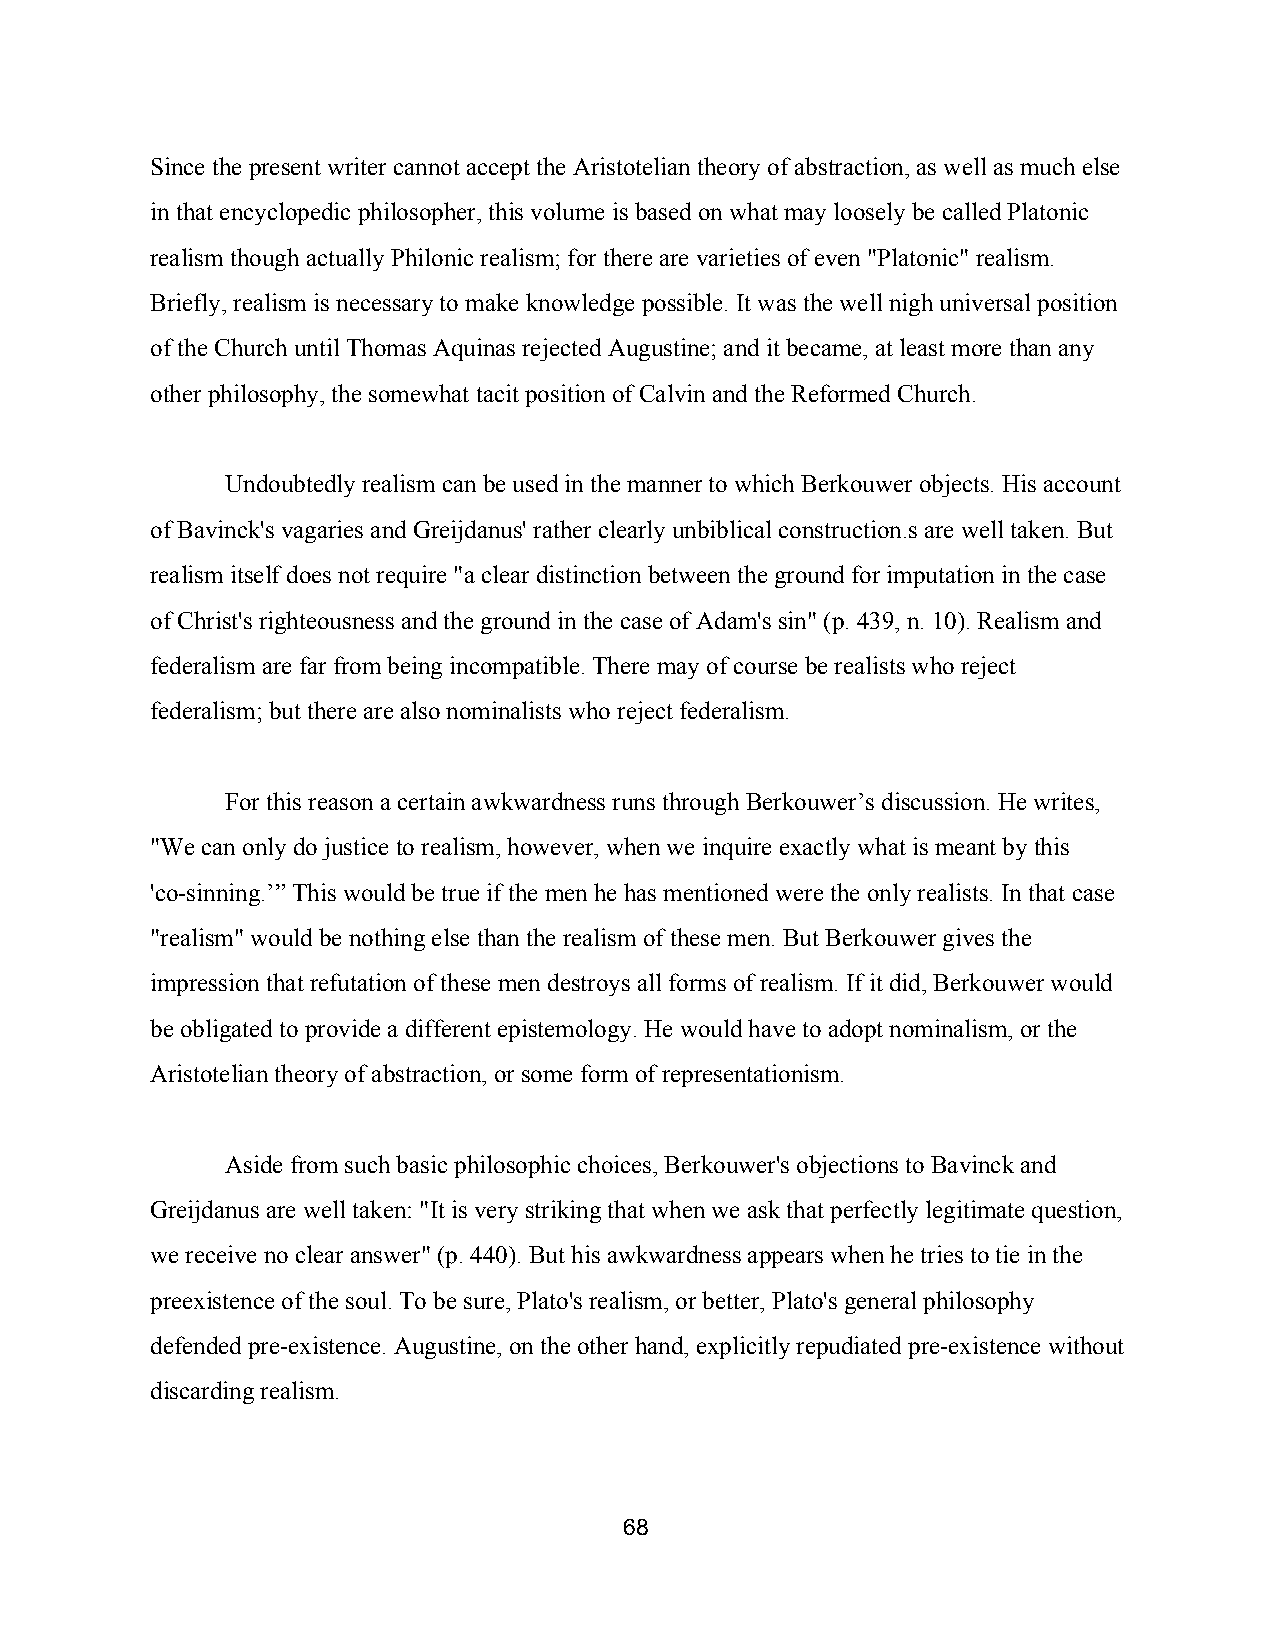
Since the present writer cannot accept the Aristotelian theory of abstraction, as well as much else
 in that encyclopedic philosopher, this volume is based on what may loosely be called Platonic
 realism though actually Philonic realism; for there are varieties of even "Platonic" realism.
 Briefly, realism is necessary to make knowledge possible. It was the well nigh universal position
 of the Church until Thomas Aquinas rejected Augustine; and it became, at least more than any
 other philosophy, the somewhat tacit position of Calvin and the Reformed Church.
 Undoubtedly realism can be used in the manner to which Berkouwer objects. His account
 of Bavinck's vagaries and Greijdanus' rather clearly unbiblical construction.s are well taken. But
 realism itself does not require "a clear distinction between the ground for imputation in the case
 of Christ's righteousness and the ground in the case of Adam's sin" (p. 439, n. 10). Realism and
 federalism are far from being incompatible. There may of course be realists who reject
 federalism; but there are also nominalists who reject federalism.
 For this reason a certain awkwardness runs through Berkouwer’s discussion. He writes,
 "We can only do justice to realism, however, when we inquire exactly what is meant by this
 'co­sinning.’” This would be true if the men he has mentioned were the only realists. In that case
 "realism" would be nothing else than the realism of these men. But Berkouwer gives the
 impression that refutation of these men destroys all forms of realism. If it did, Berkouwer would
 be obligated to provide a different epistemology. He would have to adopt nominalism, or the
 Aristotelian theory of abstraction, or some form of representationism.
 Aside from such basic philosophic choices, Berkouwer's objections to Bavinck and
 Greijdanus are well taken: "It is very striking that when we ask that perfectly legitimate question,
 we receive no clear answer" (p. 440). But his awkwardness appears when he tries to tie in the
 preexistence of the soul. To be sure, Plato's realism, or better, Plato's general philosophy
 defended pre­existence. Augustine, on the other hand, explicitly repudiated pre­existence without
 discarding realism.
 68